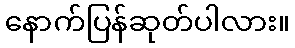
နောက်ပြန်ဆုတ်ပါလား။